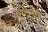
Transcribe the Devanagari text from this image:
टिकावयाचे